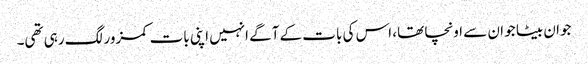
جوان بیٹا جو ان سے اونچا تھا، اس کی بات کے آگے انہیں اپنی بات کمزور لگ رہی تھی۔